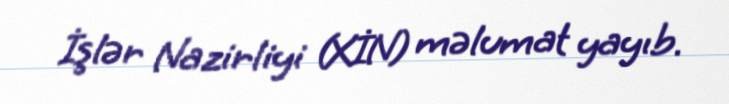
İşlər Nazirliyi (XİN) məlumat yayıb.